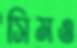
সিমও